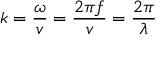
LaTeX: k = { \frac { \omega } { v } } = { \frac { 2 \pi f } { v } } = { \frac { 2 \pi } { \lambda } }